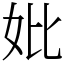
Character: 妣